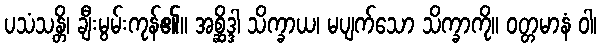
ပသံသန္တိ၊ ချီးမွမ်းကုန်၏။ အစ္ဆိဒ္ဒါ သိက္ခာယ၊ မပျက်သော သိက္ခာကို။ ဝတ္တမာနံ ဝါ၊